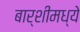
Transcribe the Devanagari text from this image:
बार्शीमध्ये